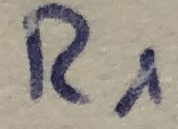
Text: R1